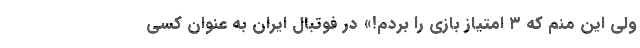
ولی این منم که ۳ امتیاز بازی را بردم!» در فوتبال ایران به عنوان کسی